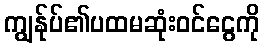
ကျွန်ုပ်၏ပထမဆုံးဝင်ငွေကို